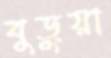
বুড়ুয়া